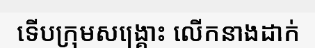
ទើបក្រុមសង្គ្រោះ លើកនាងដាក់